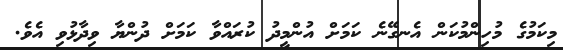
މިކަމުގެ މުހިންމުކަން އެނގޭނެ ކަމަށް އުންމީދު ކުރައްވާ ކަމަށް ދުންޔާ ވިދާޅުވި އެވެ.